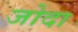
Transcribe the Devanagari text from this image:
जोदा